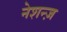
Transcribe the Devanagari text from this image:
नेशन्ज़